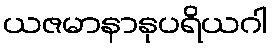
ယဇမာနာနုပရိယဂါ